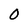
Character: 0